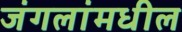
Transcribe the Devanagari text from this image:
जंगलांमधील